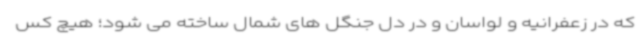
که در زعفرانیه و لواسان و در دل جنگل های شمال ساخته می شود؛ هیچ کس